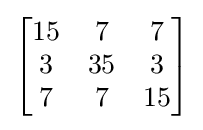
\left[{\begin{matrix}15&7&7\\3&35&3\\7&7&15\end{matrix}}\right]